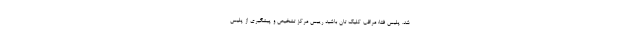
شد. پلیس فتا: مراقب کلیک تان باشید رییس مرکز تشخیص و پیشگیری از پلیس